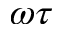
\omega \tau